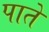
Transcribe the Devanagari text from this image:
पाते